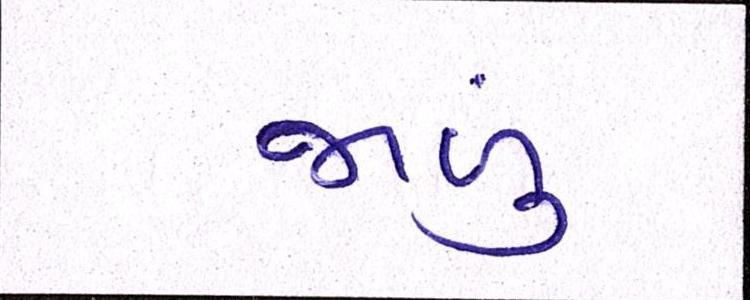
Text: જાળું